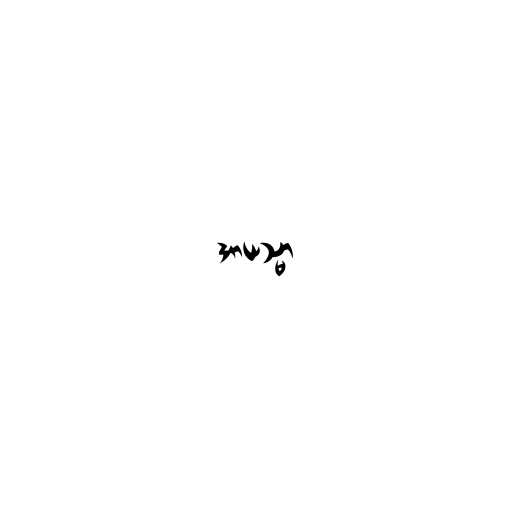
အာယသ္မာ